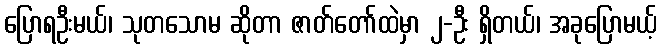
ပြောရဦးမယ်၊ သုတသောမ ဆိုတာ ဇာတ်တော်ထဲမှာ ၂-ဦး ရှိတယ်၊ အခုပြောမယ့်